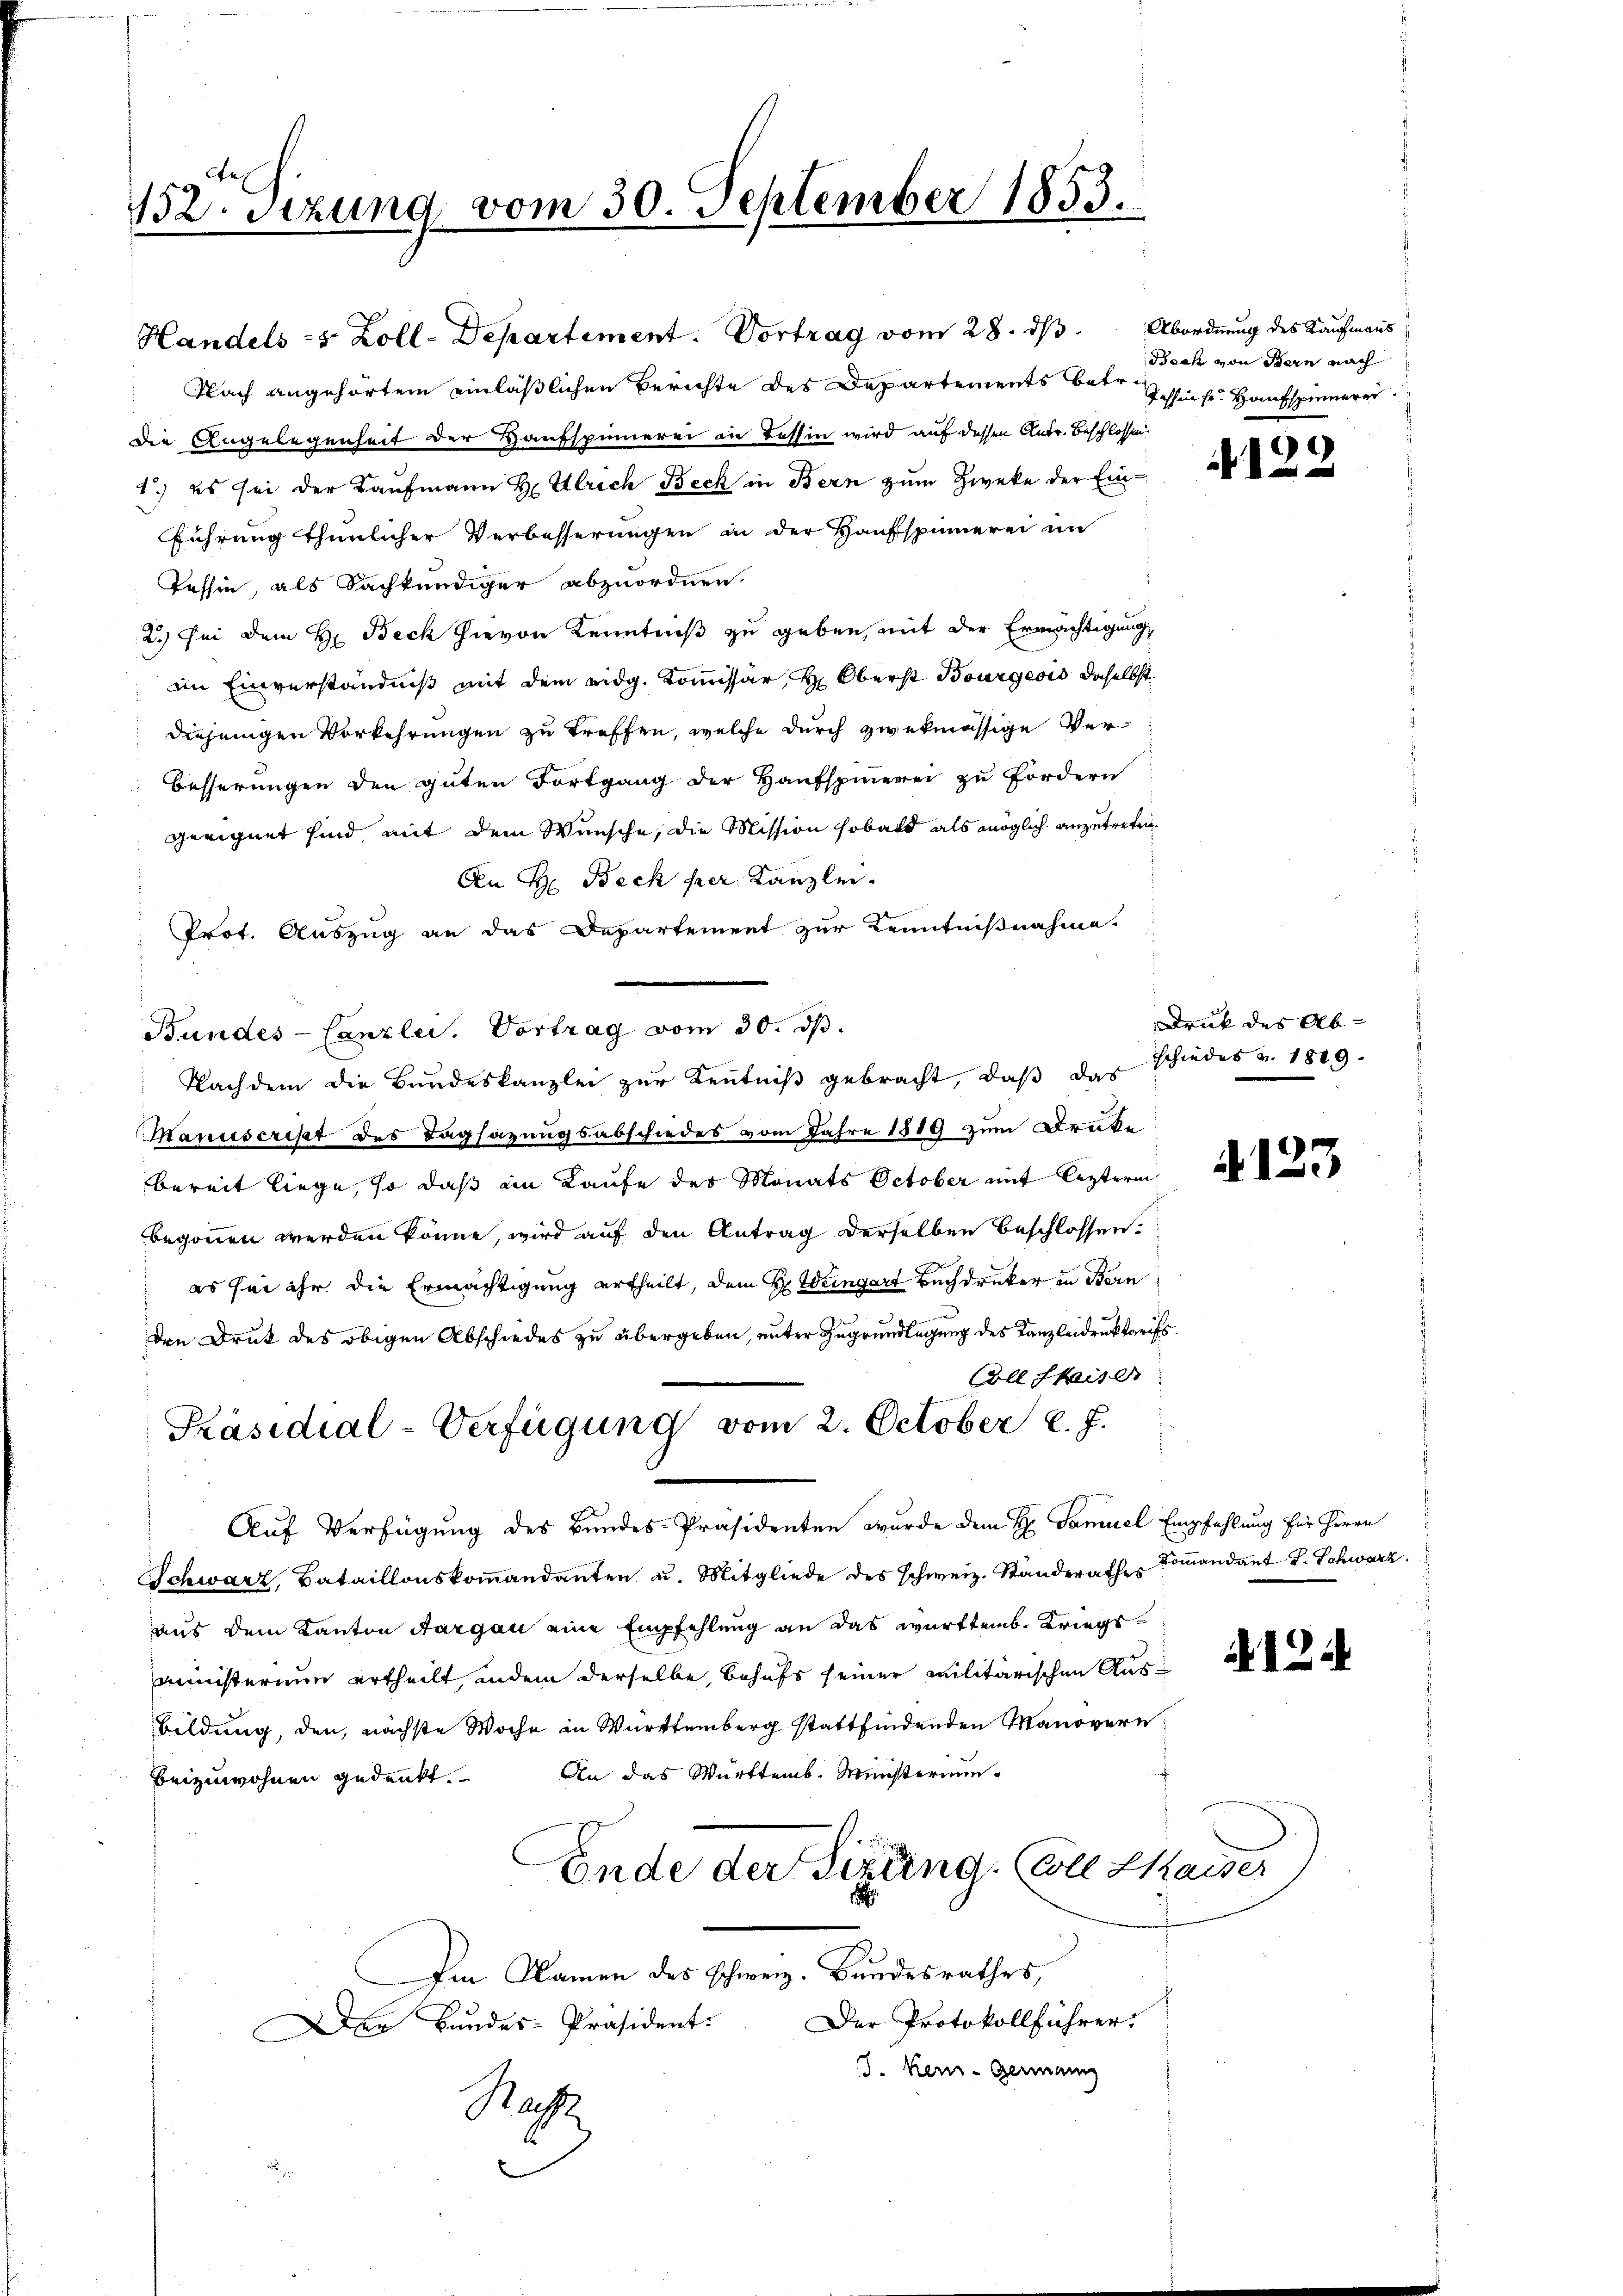
132. Sizung vom 30. September 1853.

Handels - 5 Zoll-Departement. Vortrag vom 28. ds Abordnung des Kaufmanns
Nach angehörten einläßlichen Berichte des Departements betr. Tessins Hauspinnere
die Angelegenheit der Haufspinnerei in Tessin wird auf dessen Antr. Beschlossen
1.) es sei der Kaufmann H. Ulrich Beck in Bern zum Zweke der Einführung thunlicher Verbesserungen in der Hausspinnerei im
Tessin, als Sachkundiger abzuordnen.
2.) Sei dem H. Beck hievon Kenntniß zu geben, mit der Ermächtigung,
im Einverständniß mit dem eidg. Kommissär, H. Oberst Bourgeois daselbst
diejenigen Vorkehrungen zu treffen, welche durch zwekmässige Ver¬
Besserungen den guten Fortgang der Haufspinerei zu fordern
geeignet sind, mit dem Wunsche, die Mission sobald als möglich anzutreten.
An H. Beck per Kanzlei.
Prot. Auszug an das Departement zur Kenntnißnahme.
Bundes-Canzlei. Vortrag vom 30. ds.
Nachdem die Bundeskanzlei zur Kenntniß gebracht, daß das schiedes v. 1819.
Manuscrist des Tagsazungsabschiedes vom Jahre 1889 zum Druke
bereit liege, so daß an Kaufe des Monats October mit leztern
begonnen werden könne, wird auf den Antrag derselben beschlossen:
 es sei ihr die Ermächtigung ertheilt, dem H. Weingart Buchdrucker in Bern
den Druk des obigen Abschiedes zu übergeben, unter Zugrundlegung des Kanzleidruktarifs.
Coll Skaiser
Präsidial-Verfügung vom 2. October l. J.
Auf Verfügung des Bundes-Präsidenten wurde dem H. Samuel Empfehlung für Herrn
Schwarz, Bataillonskommandanten u. Mitgliede des schweiz. Ständerathes Commandant J. Schwarz
aus dem Kanton Aargau eine Empfehlung an das württemb. Kriegs
ministerium ertheilt, andem derselbe, behufs seiner militärischen Aus¬
Bildung, den, nächste Woche in Württemberg stattfindenden Manövern
An das Württemb. Münsterium
beizuwohnen gedenkt.
Ende der Sigung. Eine Kaiser
Ien Namen des Schweiz. Bundesrathes,
Der Protokollführer.
Der Bundes-Präsident:
J. Kei-Germann
Ras

Bach von Bern nach

122

Druck des Ab-

A123

A124